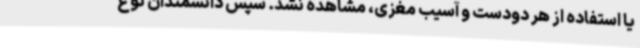
یا استفاده از هر دودست و آسیب مغزی، مشاهده نشد. سپس دانشمندان نوع